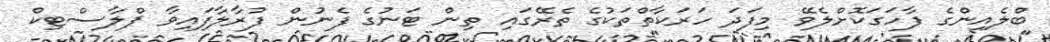
ބްލެއިންގެ ފާހަގަކޮށްލެވޭ މިފަދަ ހަރަކާތްތަކުގެ ތެރޭގައި ތިން ޓަނުގެ ފެނުން ފުރާލާފައިވާ ޕްލާސްޓިކް